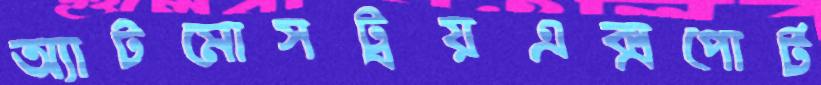
অ্যাটমোসট্রয়এক্সপোর্ট